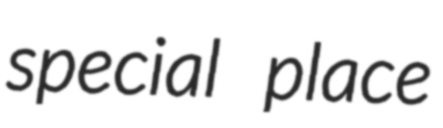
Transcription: special place